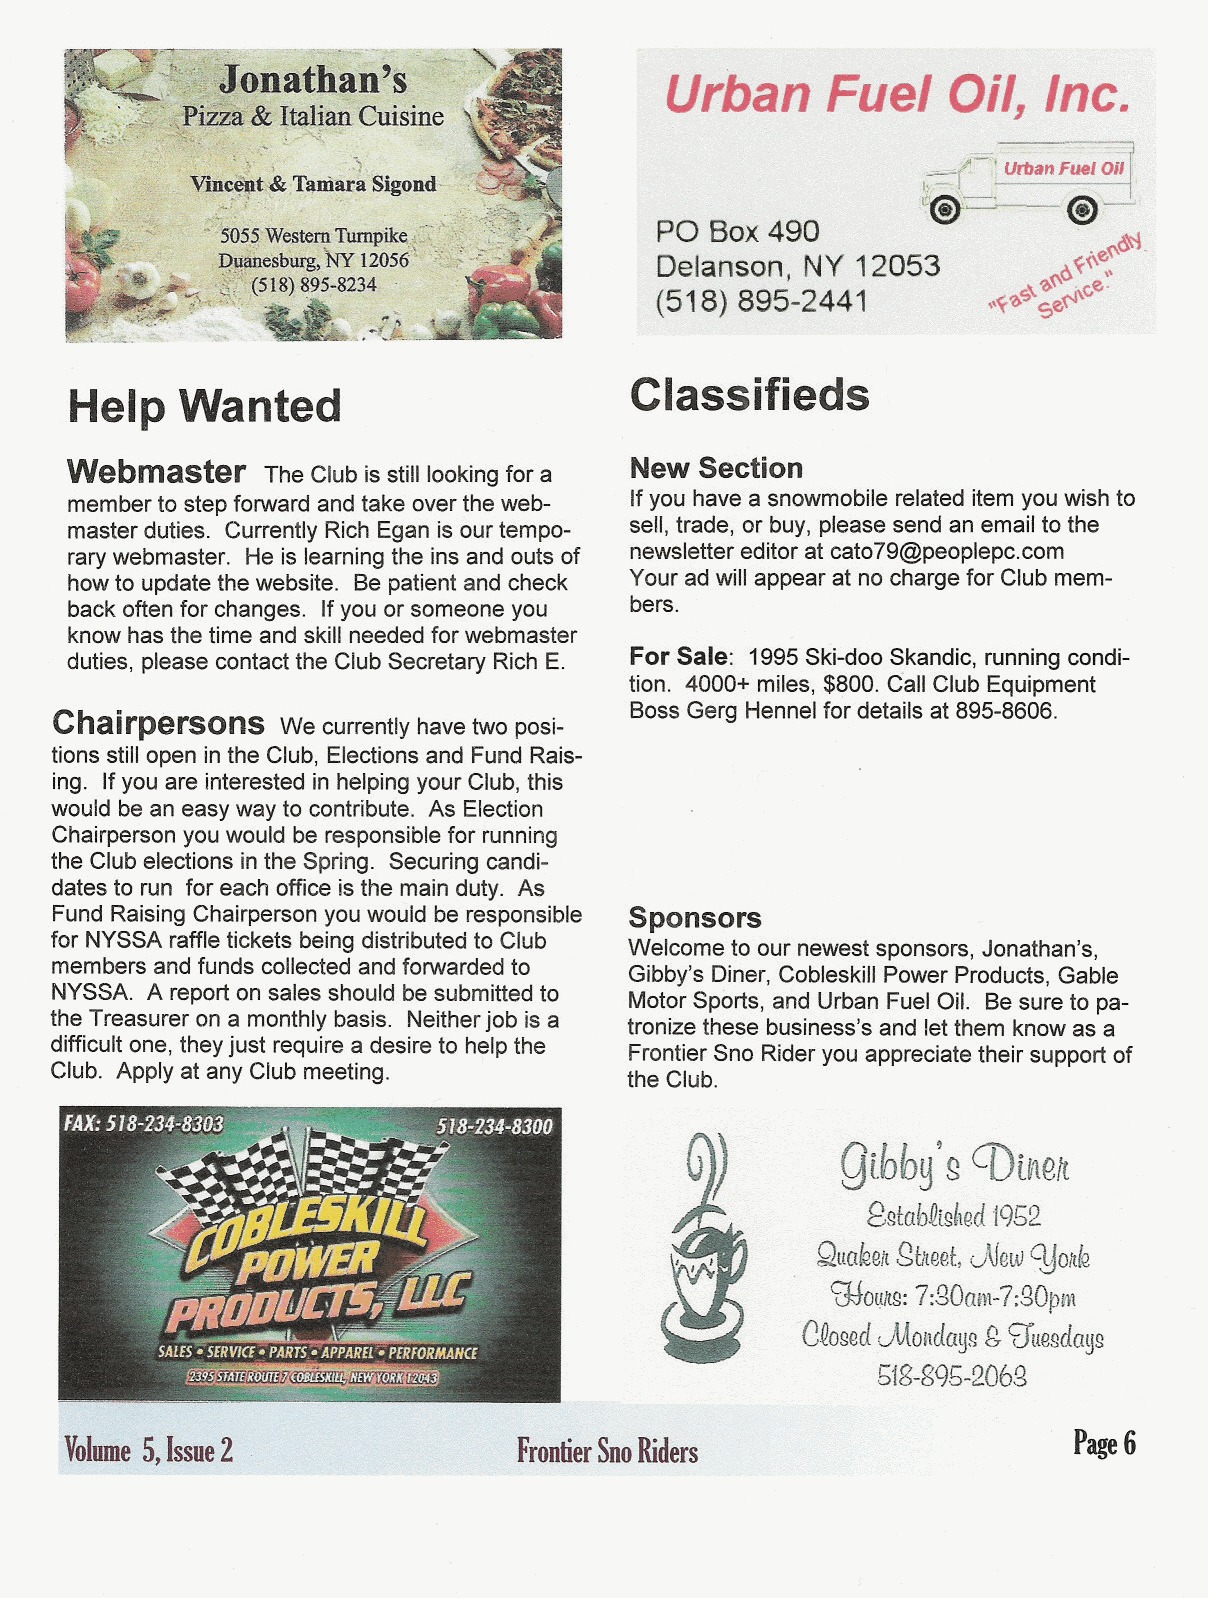
Urban      .Fuel   Oil,. Inc.
 ,~~~~~;,;;~ ;;~ Oil!
 1,    &:.\'
 PO Box490        f~.\!tL..-; i\!f~
 'e~~'
 Delanson, NY 12053
 (\~~ \'
 (518) 895-2441           ~~~ .ce.
 \\~-a: se~
 Classifieds
 Help   Wanted
 Webmaster                             New Section
 The Club is still looking for a
 memberto stepforward andtake over theweb- If you havea snowmobile related itemyouwishto
 masterduties. Currently Rich Eganis ourtempo- sell, trade, or buy, pleasesend an email tothe
 rarywebmaster. Heis learningthe insand outs of newsletter editor atcat079@peoplepc.com
 howto updatethewebsite. Bepatientand check Your adwillappear at no chargefor Club mem-
 bers.
 back oftenfor changes. Ifyou or someone you
 know hasthe time and skill neededfor webmaster
 duties, please contactthe ClubSecretary RichE. For Sale: 1995Ski-doo Skandic, running condi-
 tion. 4000+miles,$800.CallClubEquipment
 BossGergHennelfordetailsat895-8606.
 Chairpersons
 We currently havetwo posi-
 tions stillopen inthe Club, Electionsand FundRais-
 ing. Ifyou are interested in helpingyour Club,this
 would bean easyway to contribute. As Election
 Chairpersonyouwould be responsiblefor running
 the Clubelections inthe Spring. Securing candi-
 datesto run for each office isthe mainduty. As
 Fund RaisingChairpersonyouwould be responsible Sponsors
 for NYSSA raffletickets beingdistributed to Club
 Welcome to our newestsponsors, Jonathan's,
 members andfunds collected andforwarded to
 Gibby's Diner, CobleskillPower Products,Gable
 NYSSA. A reporton sales should besubmitted to
 Motor Sports, and Urban FuelOil. Besure to pa-
 the Treasurer on a monthlybasis. Neitherjob is a tronize these business's and letthem know asa
 difficult one,theyjust require adesire to helpthe
 FrontierSno Rideryou appreciatetheir support of
 Club. Apply at anyClub meeting.        the Club.
 Qtbby
 ,g CDivleft
 8gtab~u~'\ed1952
 Quakelgttiteetu\lew\yoltk
 C(JJO!li'W7: :gOw}I-7:80pn\
 CQogeudUOt\dayggthw8dagg
 518-895-2068
 Volume5,IS$ue2                FrontierSnoRiders                    Page6